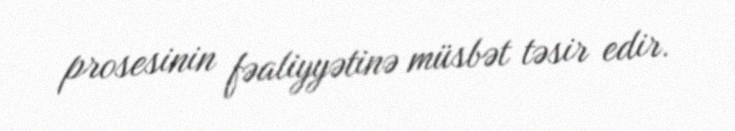
prosesinin fəaliyyətinə müsbət təsir edir.